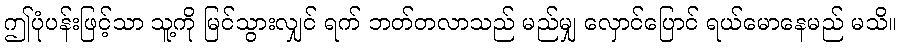
ဤပုံပန်းဖြင့်သာ သူ့ကို မြင်သွားလျှင် ရက် ဘတ်တလာသည် မည်မျှ လှောင်ပြောင် ရယ်မောနေမည် မသိ။